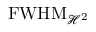
\mathrm { F W H M _ { \mathcal { H } ^ { 2 } } }